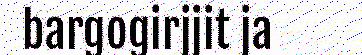
bargogirjjit ja